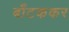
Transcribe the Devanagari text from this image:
बाँटककर